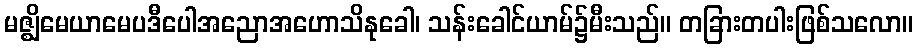
မဇ္ဈိမေယာမေပဒီပေါအညောအဟောသိနုခေါ၊ သန်းခေါင်ယာမ်၌မီးသည်။ တခြားတပါးဖြစ်သလော။